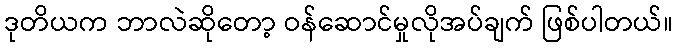
ဒုတိယက ဘာလဲဆိုတော့ ဝန်ဆောင်မှုလိုအပ်ချက် ဖြစ်ပါတယ်။